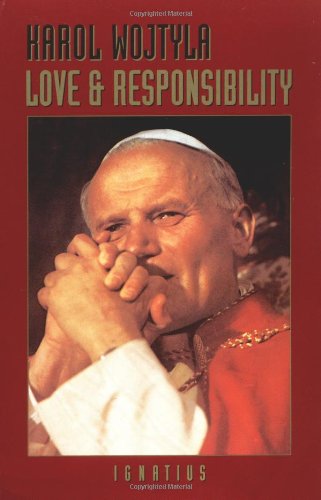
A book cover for Love and Responsibility; Karol Wojtyla; Self-Help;